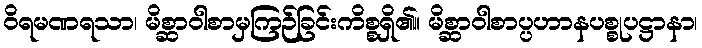
ဝိရမဏရသာ၊ မိစ္ဆာဝါစာမှကြဉ်ခြင်းကိစ္စရှိ၏။ မိစ္ဆာဝါစာပ္ပဟာနပစ္စုပဋ္ဌာနာ၊